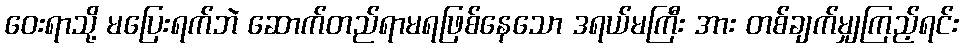
ဝေးရာသို့ မပြေးရက်ဘဲ ဆောက်တည်ရာမရဖြစ်နေသော ဒရယ်မကြီး အား တစ်ချက်မျှကြည့်ရင်း